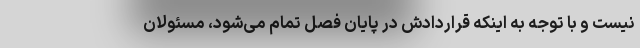
نیست و با توجه به اینکه قراردادش در پایان فصل تمام می‌شود، مسئولان